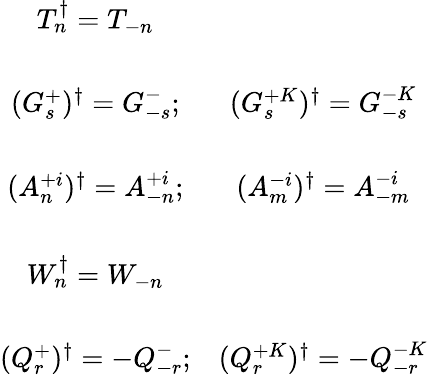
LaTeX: \begin{array}{cc}{{T_{n}^{\dagger}=T_{-n}}}&{{}}\\ {{\ }}&{{\ }}\\ {{(G_{s}^{+})^{\dagger}=G_{-s}^{-};}}&{{(G_{s}^{+K})^{\dagger}=G_{-s}^{-K}}}\\ {{\ }}&{{\ }}\\ {{(A_{n}^{+i})^{\dagger}=A_{-n}^{+i};}}&{{(A_{m}^{-i})^{\dagger}=A_{-m}^{-i}}}\\ {{\ }}&{{\ }}\\ {{W_{n}^{\dagger}=W_{-n}}}&{{}}\\ {{\ }}&{{\ }}\\ {{(Q_{r}^{+})^{\dagger}=-Q_{-r}^{-};}}&{{(Q_{r}^{+K})^{\dagger}=-Q_{-r}^{-K}}}\end{array}